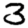
Digit: 3